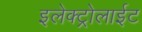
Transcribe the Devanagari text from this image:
इलेक्ट्रोलाईट